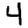
Digit: 4